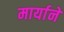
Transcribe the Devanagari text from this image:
मार्याने